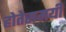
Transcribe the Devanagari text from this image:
होतेसमयी